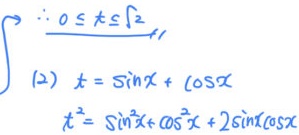
因为 \(0 \leq t\leq\sqrt{2}\)，有
\(\int\frac{1}{(2)} \)
\(t = \sin x+ \cos x\)
\(t^{2}= \sin^{2}x+\cos^{2}x + 2\sin x\cos x\)